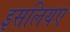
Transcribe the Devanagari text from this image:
इसलियए